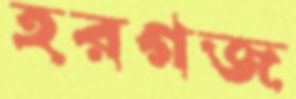
হরগজ